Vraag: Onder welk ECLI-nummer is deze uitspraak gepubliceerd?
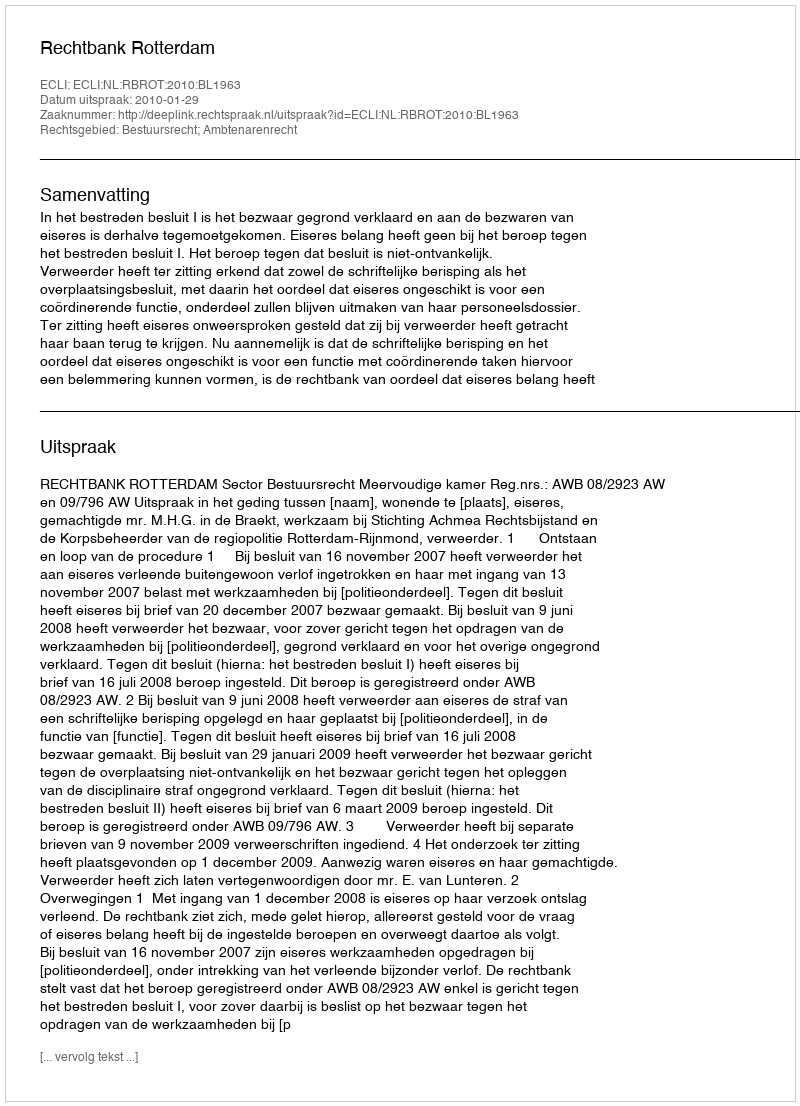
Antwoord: ECLI:NL:RBROT:2010:BL1963